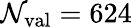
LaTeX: \mathcal{N}_{\mathrm{{val}}}=624